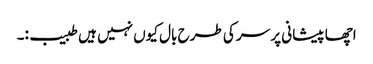
اچھا پیشانی پر سر کی طرح بال کیوں نہیں ہیں طبیب:۔